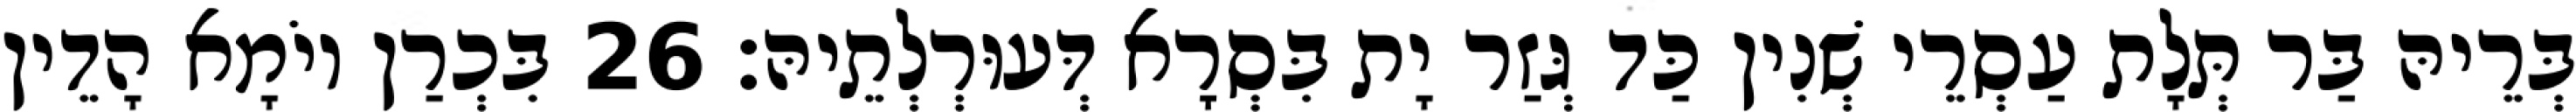
בְּרֵיהּ בַּר תְּלָת עַסְרֵי שְׁנִין כַּד גְּזַר יָת בִּסְרָא דְּעוּרְלְתֵיהּ׃ 26 בִּכְרַן יוֹמָא הָדֵין